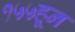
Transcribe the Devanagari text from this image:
१५५हून